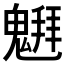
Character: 𱆞